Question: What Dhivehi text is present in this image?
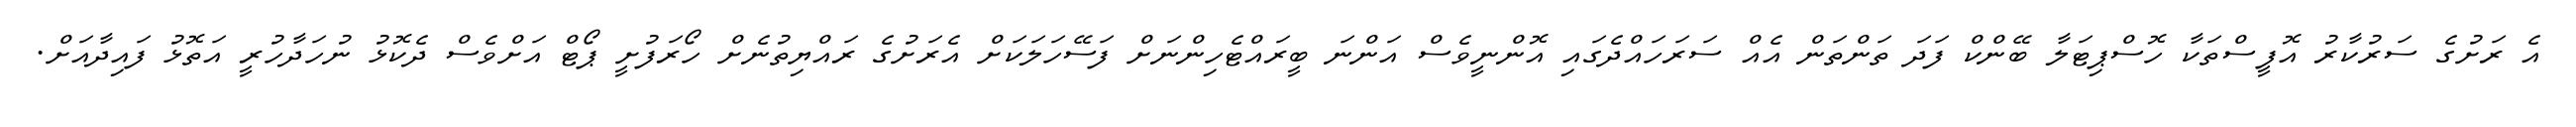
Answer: އެ ރަށުގެ ސަރުކާރު އޮފީސްތަކާ ހޮސްޕިޓަލާ ބޭންކް ފަދަ ތަންތަން އެއް ސަރަހައްދެގައި އޮންނީވެސް އަންނަ ބީރައްޓެހިންނަށް ފަސޭހަލަކަށް އެރަށުގެ ރައްޔިތުނެށް ހޯރަފުށީ ޕޯޓް އަށްވެސް ދެކޮޅު ނުހަދާހުރީ އަތޮޅު ފައިދާއަށް.